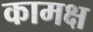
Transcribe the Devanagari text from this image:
कामक्ष